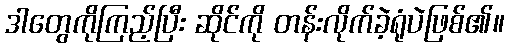
ဒါတွေကိုကြည့်ပြီး ဆိုင်ကို တန်းလိုက်ခဲ့ရုံပဲဖြစ်၏။